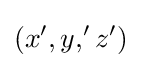
(x',y,'z')